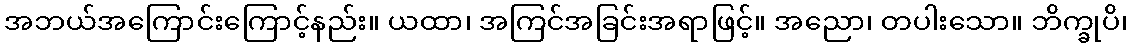
အဘယ်အကြောင်းကြောင့်နည်း။ ယထာ၊ အကြင်အခြင်းအရာဖြင့်။ အညော၊ တပါးသော။ ဘိက္ခုပိ၊